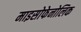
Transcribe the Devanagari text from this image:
माइसोफेनोलिक